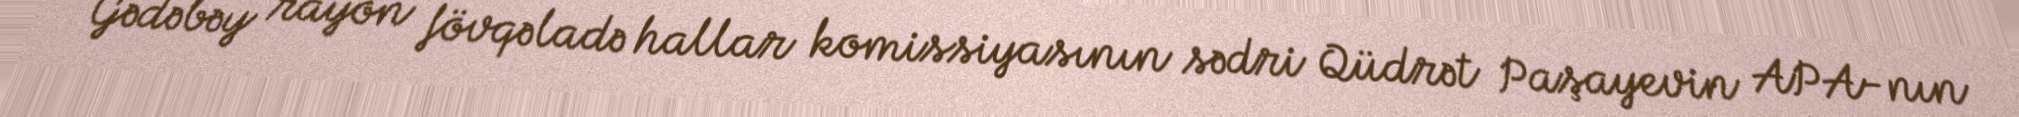
Gədəbəy rayon fövqəladə hallar komissiyasının sədri Qüdrət Paşayevin APA-nın